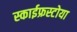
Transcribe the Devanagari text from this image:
स्काईफ्रस्टोया